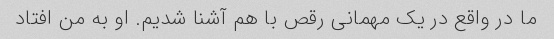
ما در واقع در یک مهمانی رقص با هم آشنا شدیم. او به من افتاد